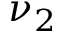
\nu _ { 2 }